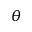
\theta